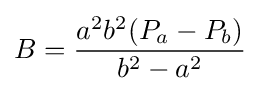
B={\dfrac {a^{2}b^{2}(P_{a}-P_{b})}{b^{2}-a^{2}}}\